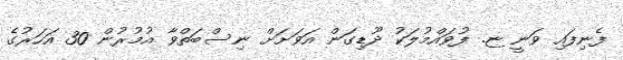
ފެނިފައި ވަނީ ޏ. ފުވައްމުލަކު ދޫޑިގަން އަވަށަށް ނިސްބަތްވާ އުމުރުން 30 އަހަރުގެ